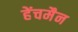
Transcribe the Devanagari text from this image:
हेंचमैन